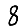
Digit: 8